Report on the working of the Ranchi Indian Mental Hospital, Kanke, in Bihar and Orissa - 1930-1940
Year: 1930
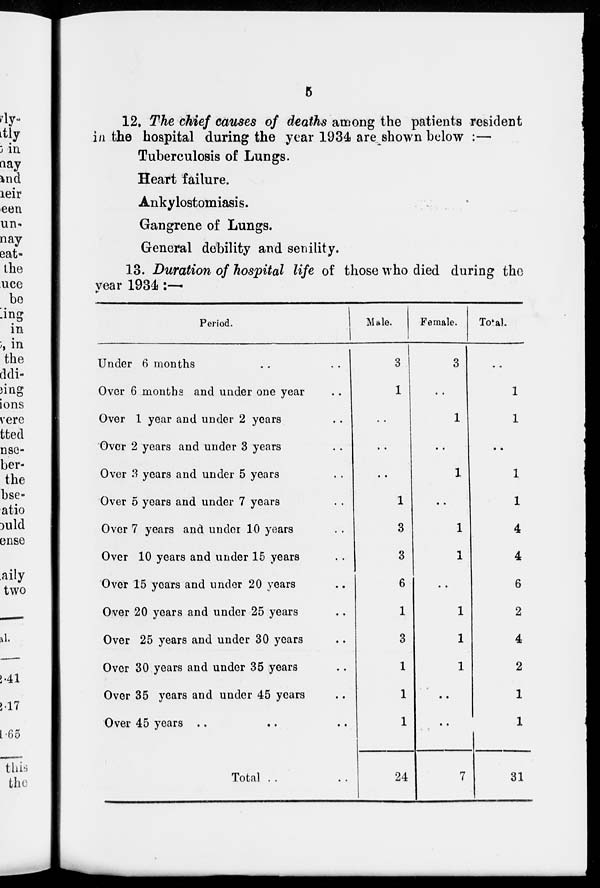
5
12, The chief causes of deaths among the patients resident
in the hospital during the year 1934 are shown below :—
Tuberculosis of Lungs.
Heart failure.
Ankylostomiasis.
Gangrene of Lungs.
General debility and senility.
13. Duration of hospital life of those who died during the
year 1934 :—
Period.
Under 6 months .. ..
Over 6 months and under one year ..
Over 1 year and under 2 years ..
Over 2 years and under 3 years ..
Over 3 years and under 5 years ..
Over 5 years and under 7 years ..
Over 7 years and under 10 years ..
Over 10 years and under 15 years ..
Over 15 years and under 20 years ..
Over 20 years and under 25 years ..
Over 25 years and under 30 years ..
Over 30 years and under 35 years ..
Over 35 years and under 45 years ..
Over 45 years .. .. ..
Total .. ..
Male.
3
1
..
..
..
1
3
3
6
1
3
1
1
1
24
Female.
3
..
1
..
1
..
1
1
..
1
1
1
..
..
7
Total.
..
1
1
..
1
1
4
4
6
2
4
2
1
1
31